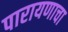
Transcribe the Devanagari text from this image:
पारायणाचा